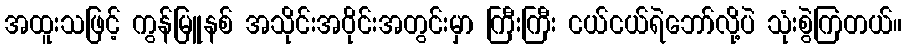
အထူးသဖြင့် ကွန်မြူနစ် အသိုင်းအဝိုင်းအတွင်းမှာ ကြီးကြီး ငယ်ငယ်ရဲဘော်လို့ပဲ သုံးစွဲကြတယ်။